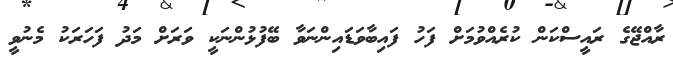
ރާއްޖޭގެ ރައީސްކަން ކުރެއްވުމަށް ފަހު ފައިބާވަޑައިންނަވާ ބޭފުޅުންނަކީ ވަރަށް މަދު ފަހަރަކު މެނުވީ